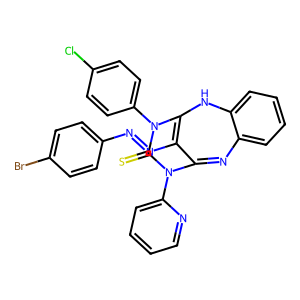
SMILES: S=C1N(c2ccc(Cl)cc2)C2=C(N=Nc3ccc(Br)cc3)C(=Nc3ccccc3N2)N1c1ccccn1
Inhibits HIV replication: No